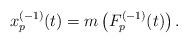
LaTeX: \begin{align*}x_p^{(-1)}(t)=m\left(F_p^{(-1)}(t)\right).\end{align*}